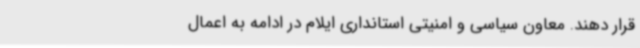
قرار دهند. معاون سیاسی و امنیتی استانداری ایلام در ادامه به اعمال